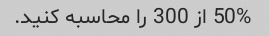
50% از 300 را محاسبه کنید.